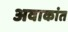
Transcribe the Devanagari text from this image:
अवाकांत